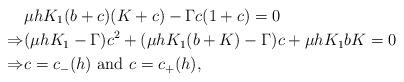
LaTeX: \begin{align*}&\mu hK_1(b+c)(K+c)-\Gamma c(1+c)=0\\\Rightarrow &(\mu hK_1-\Gamma)c^2+(\mu hK_1(b+K)-\Gamma)c+\mu hK_1bK=0\\\Rightarrow &c=c_{-}(h)\,\,\textrm{and}\,\,c=c_{+}(h),\end{align*}